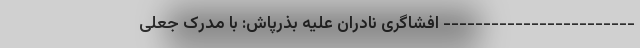
------------------------ افشاگری نادران علیه بذرپاش: با مدرک جعلی